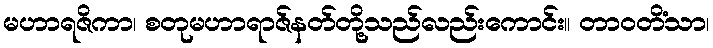
မဟာရဇိကာ၊ စတုမဟာရာဇ်နတ်တို့သည်လည်းကောင်း။ တာဝတိံသာ၊